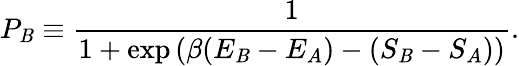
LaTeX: P_{\mathit{B}}\equiv{\frac{{1}}{{1+\exp\left(\beta(E_{\mathit{B}}-E_{A})-(S_{\mathit{B}}-S_{A})\right)}}}.